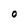
Character: O